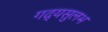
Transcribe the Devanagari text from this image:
गद्यसुलभ